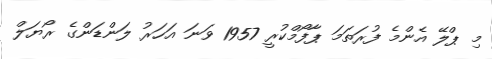
މި ޕްލޭ އެންމެ ފުރަތަމަ ޕާފޯމްކުރީ 1957 ވަނަ އަހަރު ލަންޑަންގެ ރޯޔަލް